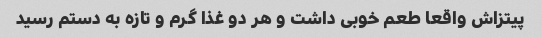
پیتزاش واقعا طعم خوبی داشت و هر دو غذا گرم و تازه به دستم رسید